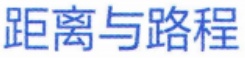
距离与路程